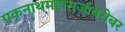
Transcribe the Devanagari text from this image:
एकनाथमहाराजांबरोबर